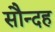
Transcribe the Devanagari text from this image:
सौन्दह